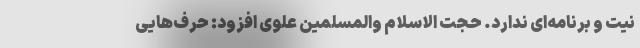
نیت و برنامه‌ای ندارد. حجت الاسلام والمسلمین علوی افزود: حرف‌هایی